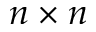
n \times n